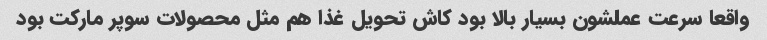
واقعا سرعت عملشون بسیار بالا بود کاش تحویل غذا هم مثل محصولات سوپر مارکت بود